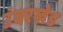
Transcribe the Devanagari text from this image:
उंबरखेड